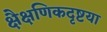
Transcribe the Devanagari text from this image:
क्षैक्षणिकदृष्टया